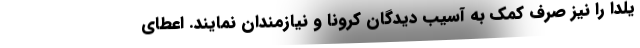
یلدا را نیز صرف کمک به آسیب دیدگان کرونا و نیازمندان نمایند. اعطای